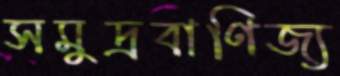
সমুদ্রবাণিজ্য